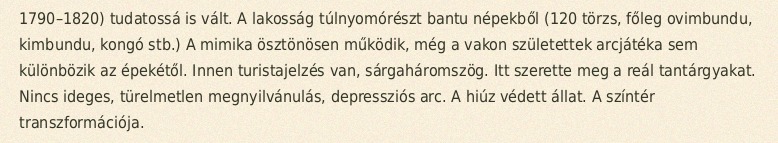
1790–1820) tudatossá is vált. A lakosság túlnyomórészt bantu népekből (120 törzs, főleg ovimbundu, kimbundu, kongó stb.) A mimika ösztönösen működik, még a vakon születettek arcjátéka sem különbözik az épekétől. Innen turistajelzés van, sárgaháromszög. Itt szerette meg a reál tantárgyakat. Nincs ideges, türelmetlen megnyilvánulás, depressziós arc. A hiúz védett állat. A színtér transzformációja.